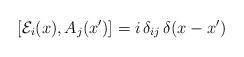
LaTeX: \begin{align*}[{\cal E}_i(x), A_j(x')] = i\, \delta_{ij}\, \delta(x-x')\end{align*}